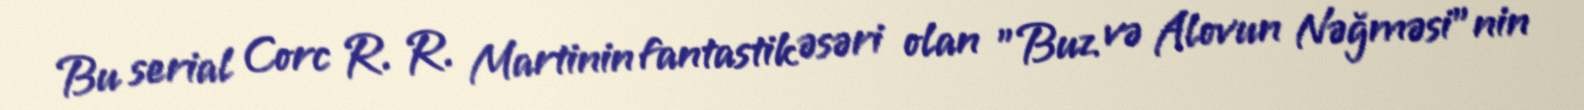
Bu serial Corc R. R. Martinin fantastik əsəri olan "Buz və Alovun Nəğməsi"nin